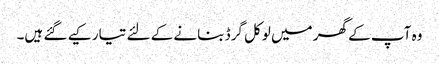
وہ آپ کے گھر میں لوکل گرڈ بنانے کے لئے تیار کیے گئے ہیں۔